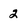
Character: 2